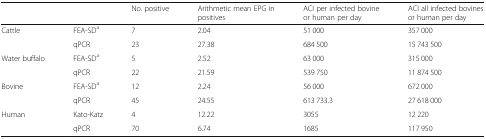
|  |  | No. positive | Arithmetic mean EPG in positives | ACI per infected bovine or human per day | ACI all infected bovines or human per day |
 | --- | --- | --- | --- | --- | --- |
 | <ROWSPAN=2> Cattle | FEA-SDa | 7 | 2.04 | 51 000 | 357 000 |
 | qPCR | 23 | 27.38 | 684 500 | 15 743 500 |
 | <ROWSPAN=2> Water buffalo | FEA-SDa | 5 | 2.52 | 63 000 | 315 000 |
 | qPCR | 22 | 21.59 | 539 750 | 11 874 500 |
 | <ROWSPAN=2> Bovine | FEA-SDa | 12 | 2.24 | 56 000 | 672 000 |
 | qPCR | 45 | 24.55 | 613 733.3 | 27 618 000 |
 | <ROWSPAN=2> Human | Kato-Katz | 4 | 12.22 | 3055 | 12 220 |
 | qPCR | 70 | 6.74 | 1685 | 117 950 |